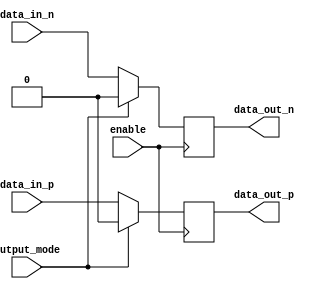
module IO_Block_DifferentialBuffer (
    input data_in_p,
    input data_in_n,
    input enable,
    input output_mode,
    output reg data_out_p,
    output reg data_out_n
);

always @ (posedge enable)
begin
    if(output_mode == 1'b0) //Input mode
    begin
        data_out_p <= data_in_p;
        data_out_n <= data_in_n;
    end
    else //Output mode
    begin
        data_out_p <= 1'b0;
        data_out_n <= 1'b0;
    end
end

endmodule